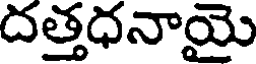
దత్తధనాయై